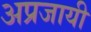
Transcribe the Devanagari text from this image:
अप्रजायी